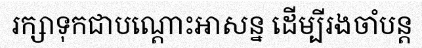
រក្សាទុកជាបណ្តោះអាសន្ន ដើម្បីរងចាំបន្ត